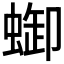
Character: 𧌋